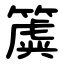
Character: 簴